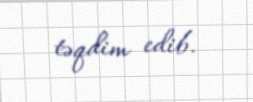
təqdim edib.